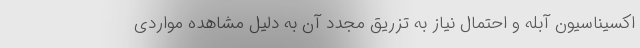
اکسیناسیون آبله و احتمال نیاز به تزریق مجدد آن به دلیل مشاهده مواردی